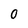
Character: 0